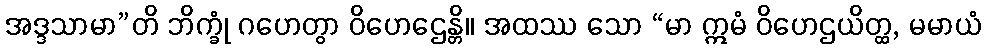
အဒ္ဒသာမာ”တိ ဘိက္ခုံ ဂဟေတွာ ဝိဟေဌေန္တိ။ အထဿ သော “မာ ဣမံ ဝိဟေဌယိတ္ထ, မမာယံ